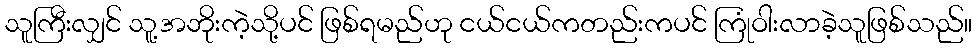
သူကြီးလျှင် သူ့အဘိုးကဲ့သို့ပင် ဖြစ်ရမည်ဟု ငယ်ငယ်ကတည်းကပင် ကြုံဝါးလာခဲ့သူဖြစ်သည်။